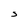
Character: J